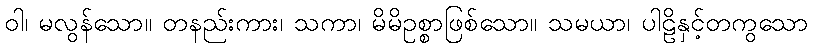
ဝါ၊ မလွန်သော။ တနည်းကား၊ သကာ၊ မိမိဥစ္စာဖြစ်သော။ သမယာ၊ ပါဠိနှင့်တကွသော